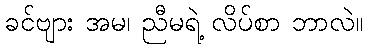
ခင်ဗျား အမ၊ ညီမရဲ့ လိပ်စာ ဘာလဲ။